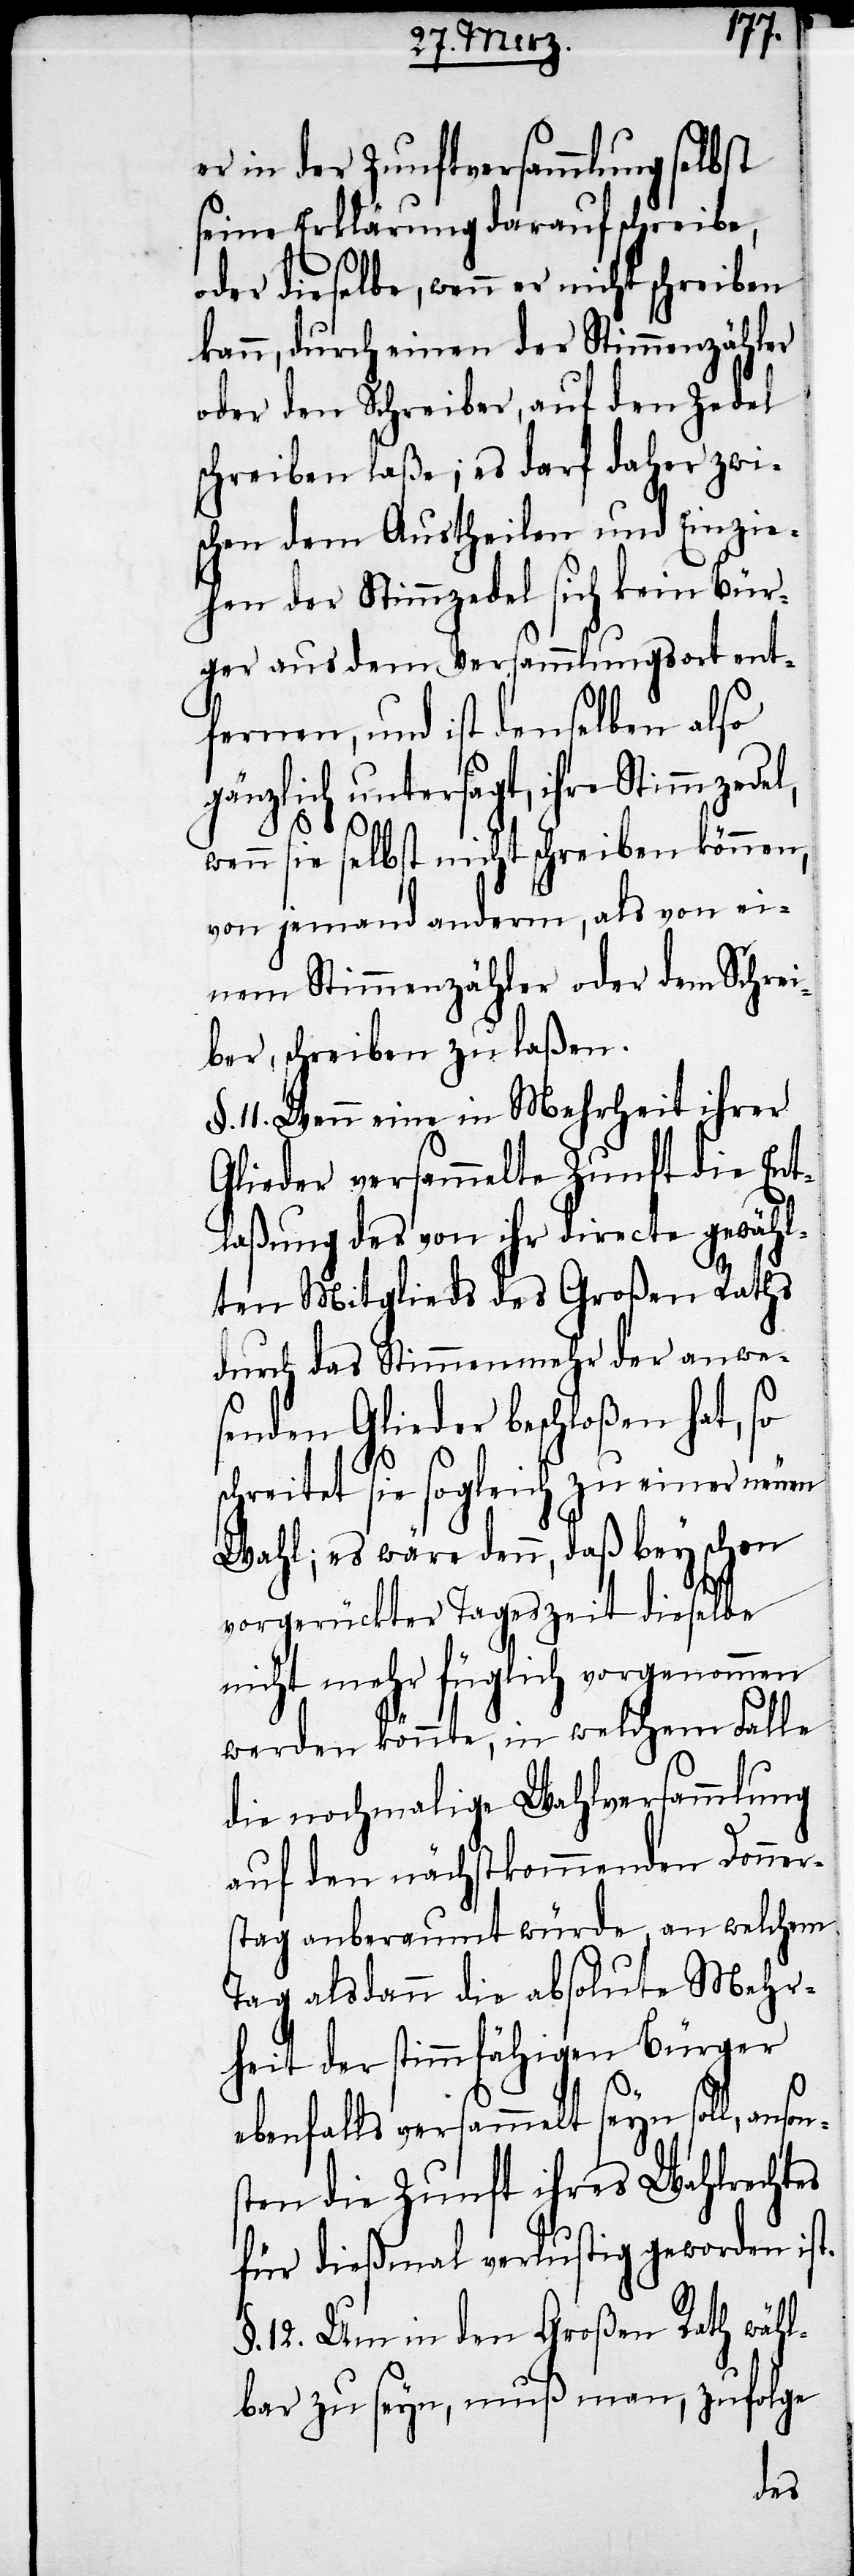
er in der Zunftversammlung selbst
seine Erklärung daraufschreibe,
oder dieselbe, wenn er nicht schreiben
kann, durch einen der Stimmenzähler
oder den Schreiber, auf den Zedel
schreiben laße; es darf daher zwi¬
schen dem Austheilen und Einzie¬
hen der Stimmzedel sich kein Bür¬
ger aus dem Versammlungsort ent¬
fernen, und ist denselben also
gänzlich untersagt, ihre Stimmzedel,
wenn sie selbst nicht schreiben können,
von jemand anderm, als von ei¬
nem Stimmenzähler oder dem Schrei¬
ber, schreiben zu laßen.
§. 11. Wenn eine in Mehrheit ihrer
Glieder versammelte Zunft die Ent¬
laßung des von ihr directe gewähl¬
ten Mitglieds des Großen Raths
durch das Stimmenmehr der anwe¬
senden Glieder beschloßen hat, so
son¬
schreitet sie sogleich zu einer neuen
Wahl; es wäre denn, daß bey schon
vorgerückter Tageszeit dieselbe
nicht mehr füglich vorgenommen
werden könnte, in welchem Falle
die nochmalige Wahlversammlung
auf den nächstkommenden Donner¬
stag anberaumt würde, an welchem
Tag alsdann die absolute Mehr¬
heit der stimmfähigen Bürger
ebenfalls versammelt seyn soll, an¬
sten die Zunft ihres Wahlrechtes
für dießmal verlustig geworden ist.
§. 12. Um in den Großen Rath wähl¬
bar zu seyn, muß man, zufolge